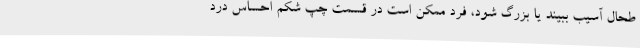
طحال آسیب ببیند یا بزرگ شود، فرد ممکن است در قسمت چپ شکم احساس درد